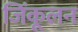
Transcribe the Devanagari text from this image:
जिंकूलन